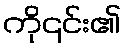
ကို၎င်း၏